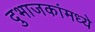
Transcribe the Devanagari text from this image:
दुभाजकांमध्ये